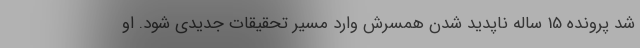
شد پرونده 15 ساله ناپدید شدن همسرش وارد مسیر تحقیقات جدیدی شود. او